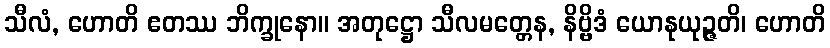
သီလံ, ဟောတိ ဧတဿ ဘိက္ခုနော။ အတုဋ္ဌော သီလမတ္တေန, နိဗ္ဗိဒံ ယောနုယုဉ္ဇတိ၊ ဟောတိ